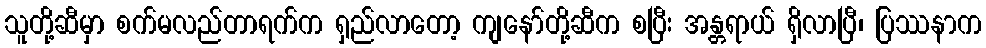
သူတို့ဆီမှာ စက်မလည်တာရက်က ရှည်လာတော့ ကျနော်တို့ဆီက စပြီး အန္တရာယ် ရှိလာပြီ၊ ပြဿနာက